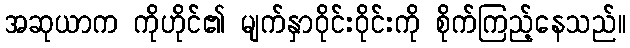
အဆုယာက ကိုဟိုင်၏ မျက်နှာဝိုင်းဝိုင်းကို စိုက်ကြည့်နေသည်။